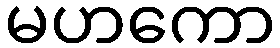
မဟကော